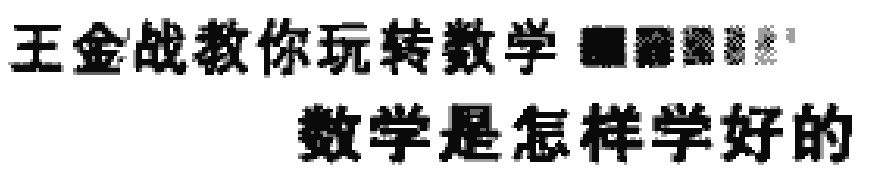
王金战教你玩转数学 数学是怎样学好的